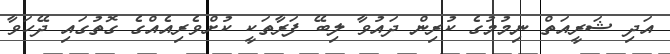
އަދި ޝަރީއަތް ނިމުމުގެ ކުރިން ދައުވާ ލިބޭ ފަރާތަކީ ކުށްވެރިއެއްގެ ގޮތުގައި ދޭހަވާ